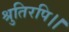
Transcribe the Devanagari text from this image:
श्रुतिरपि।।